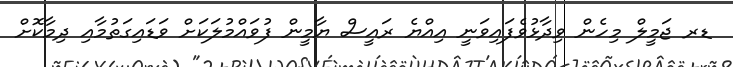
ޑރ ޖަމީލް މިހެން ވިދާޅުވެފައިވަނީ އިއްޔެ ރައީސް ޔާމީން ފުވައްމުލަކަށް ވަޑައިގަތުމާއި ދިމާކޮށް